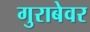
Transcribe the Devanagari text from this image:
गुराबेवर